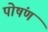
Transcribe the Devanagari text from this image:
पोषंण